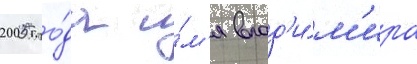
2005 го́да и́м'я влад'и́м'ира